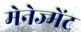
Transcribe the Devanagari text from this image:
मेनेज्मेंट